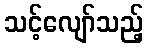
သင့်လျော်သည့်